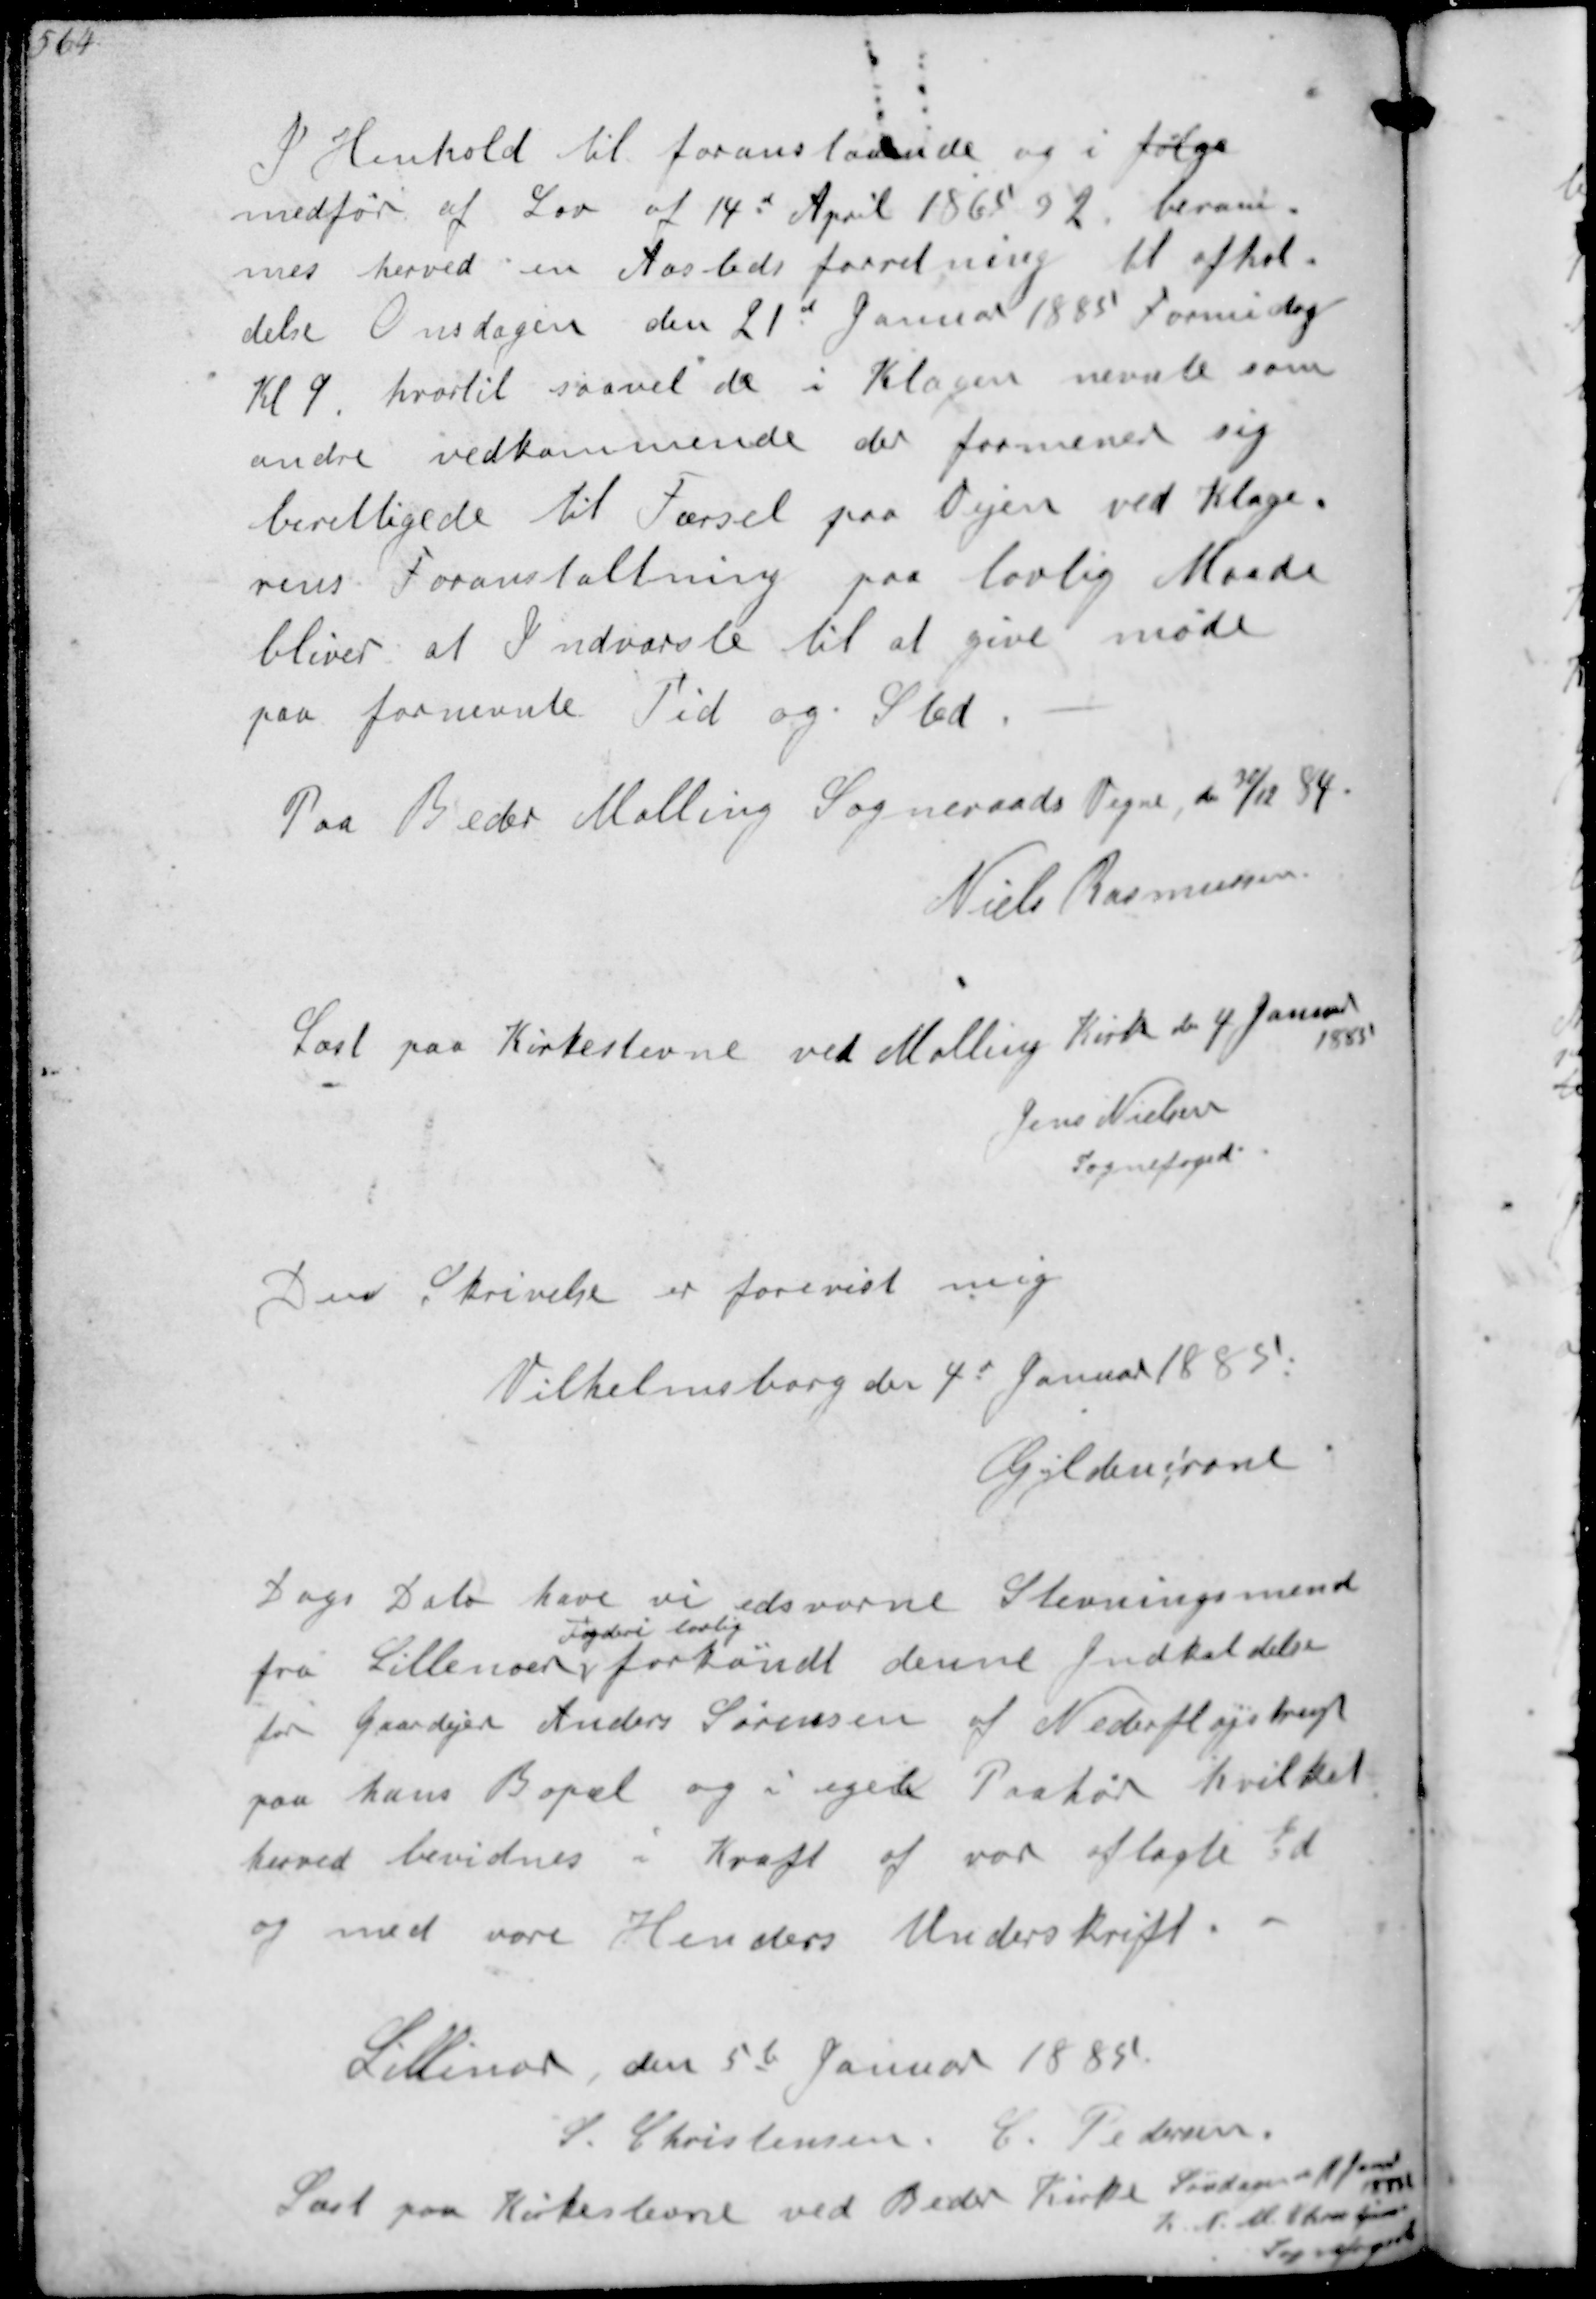
Transskription:
I Henhold til foranstaaende og i følge
medfør af Lov af 14d April 1865 § 2 beram-
mes herved en Aastedsforretning til afhol-
delse Onsdagen den 21d Januar 1885 Formidag
Kl. 9 hvortil saavel de i Klagen nævnte som
andre vedkommende der formener sig
berettigede til Færsel paa Vejen ved Klage-
rens Foranstaltning paa lovlig Maade
bliver at indvarsle til at give møde
paa fornevnte Tid og sted
Paa Beder Malling Sogneraads Vegne d. 31/12 84
Niels Rasmussen

Læst paa Kirkestevne ved Malling Kirke den 4 Januar
1885
Jens Nielsen
Sognefoged

Den Skrivelse er forevist mig
Vilhelmsborg den 4d Januar 1885
Gyldenkrone

Dags dato have vi edsvorne Stevningsmend
fra Lillenor
Fogderi lovlig
forkøndt denne Indkaldelse
for Gaardejer Anders Sørensen af Nederfløjstrup
paa hans Bopæl og i egen Paahør hvilket
herved bevidnes i Kraft af vor aflagte Ed
og med vore Henders Underskrift
Lillenor den 5t Januar 1885
S Christensen C Pedersen
Læst paa Kirkestevne ved Beder Kirge Søndagen 1 Janr
1885 !
K N M Christjansen
Sognefoged